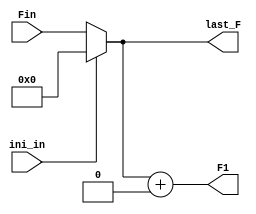
module S1_calculation(
						Fin,//F22输出
						ini_in,
						last_F,
						F1
					 );
					 
input ini_in;
input [11:0] Fin;
output reg [11:0]  last_F;
output reg [11:0]  F1;//取特征的区间为[last_F,F1-1]

reg [11:0] last_F;

localparam SIMD_num = 64;
localparam lane_num =32;
localparam feature_num = 2048;//64*32


always @ (Fin)
begin
	last_F = ini_in ? 0 : Fin;
	need_F = feature_num;
	F1 = last_F + need_F;
end

endmodule